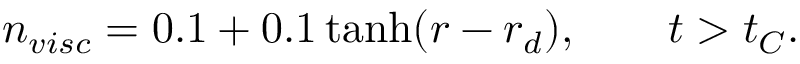
n _ { v i s c } = 0 . 1 + 0 . 1 \operatorname { t a n h } ( r - r _ { d } ) , \qquad t > t _ { C } .